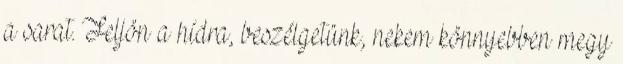
a sarat. Feljön a hídra, beszélgetünk, nekem könnyebben megy